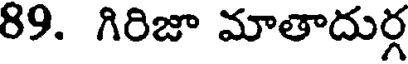
89. గిరిజా మాతాదుర్గ